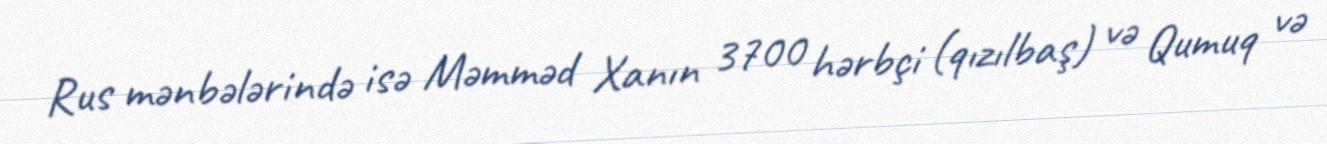
Rus mənbələrində isə Məmməd Xanın 3700 hərbçi (qızılbaş) və Qumuq və